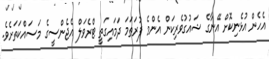
އެހެން އުޅެނިކޮށް އޭނާގެ ޝައުގުވެރިކަން އެންމެ ފުރަތަމަ ދަމައިގަތީ ޓްރެވަލް އެޖެންސީގެ މަސައްކަތަށެވެ.